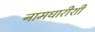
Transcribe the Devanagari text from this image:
नामधारीशी